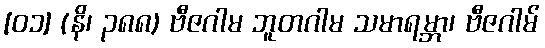
[၀၁] (နိ၊ ၃၈၈) ဗီဇဂါမ ဘူတဂါမ သမာရမ္ဘာ၊ ဗီဇဂါမ်